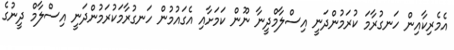
އެމެރިކާއިން ހަނގުރާމަ ކުރަމުންދަނީ އިސްލާމްދީނާ ނޫން ކަމަށާއި އެގައުމުން ހަނގުރާމަކުރަމުންދަނީ އިސްލާމް ދީނުގެ